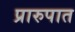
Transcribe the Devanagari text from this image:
प्रारुपात